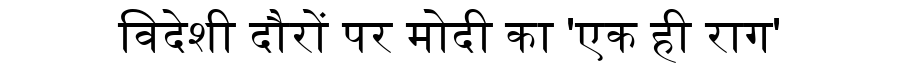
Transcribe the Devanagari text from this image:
विदेशी दौरों पर मोदी का 'एक ही राग'